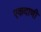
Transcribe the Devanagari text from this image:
एकदाणी